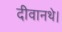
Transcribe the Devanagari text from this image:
दीवानथे।